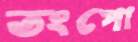
তংপো